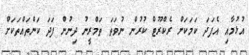
އުޅުމާއި އެފަދަ ކަމަކަށް ރެކްރޫޓް ކުރުން ނުވަތަ ތަމްރީނު ދިނުން ފަދަ ކަންތައްތަކަށް